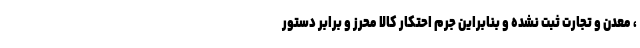
، معدن و تجارت ثبت نشده و بنابراین جرم احتکار کالا محرز و برابر دستور